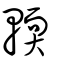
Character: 輭